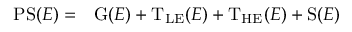
\begin{array} { r l } { \mathrm { P S } ( E ) = } & { { } \mathrm { G } ( E ) + \mathrm { T _ { L E } } ( E ) + \mathrm { T _ { H E } } ( E ) + \mathrm { S } ( E ) } \end{array}